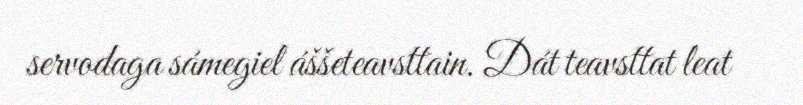
servodaga sámegiel áššeteavsttain. Dát teavsttat leat